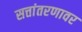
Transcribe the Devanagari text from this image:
सत्तांतरणावर